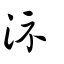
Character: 沶